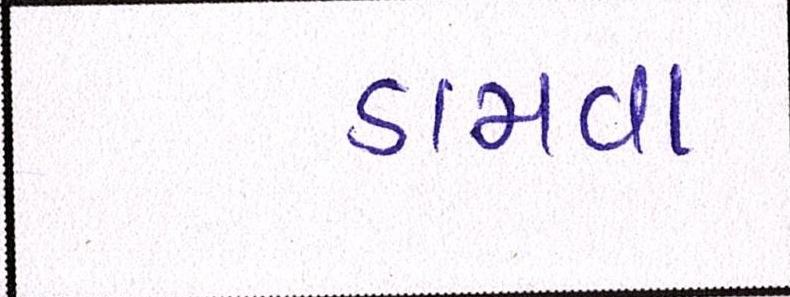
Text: ડામવા